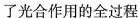
了光合作用的全过程